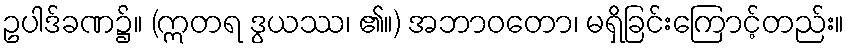
ဥပါဒ်ခဏ၌။ (ဣတရ ဒွယဿ၊ ၏။) အဘာဝတော၊ မရှိခြင်းကြောင့်တည်း။